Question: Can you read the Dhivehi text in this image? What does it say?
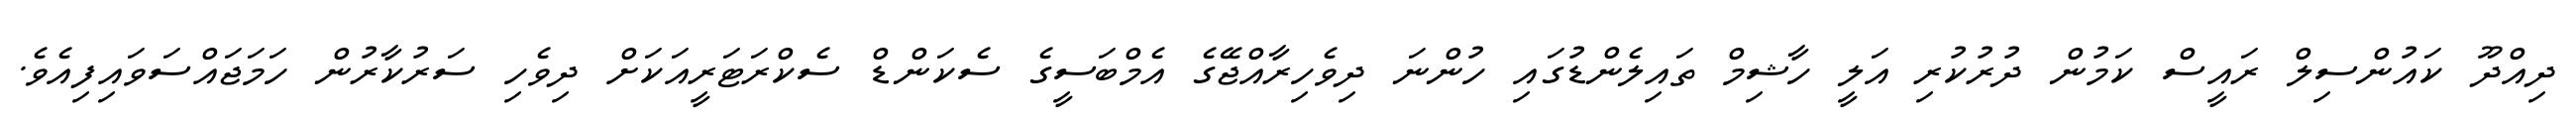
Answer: ދިއްދޫ ކައުންސިލް ރައީސް ކަމުން ދުރުކުރި އަލީ ހާޝިމް ތައިލެންޑުގައި ހުންނަ ދިވެހިރާއްޖޭގެ އެމްބަސީގެ ސެކަންޑް ސެކްރަޓަރީއަކަށް ދިވެހި ސަރުކާރުން ހަމަޖައްސަވައިފިއެވެ.